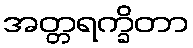
အတ္တရက္ခိတာ